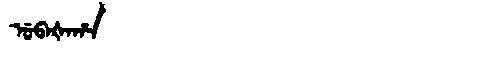
Manchu: ᡠᠪᠠᡧᠠᡥᠠ
Romanization: UBAŠAHA